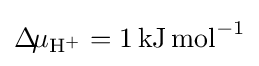
\Delta \!\mu _{\mathrm {H} ^{+}}=1\,\mathrm {kJ} \,\mathrm {mol} ^{-1}